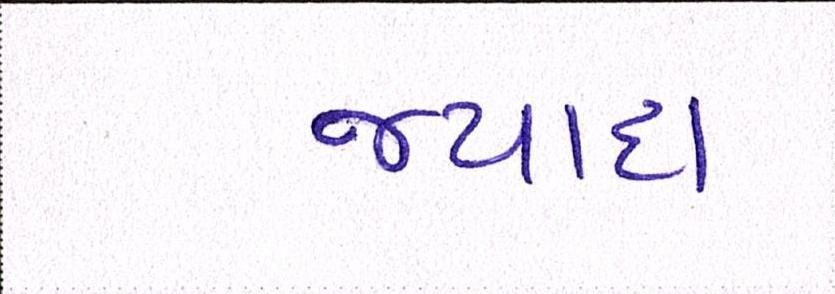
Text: જ્યાદા